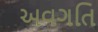
અવગતિ